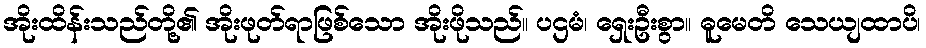
အိုးထိန်းသည်တို့၏ အိုးဖုတ်ရာဖြစ်သော အိုးဖိုသည်။ ပဌမံ၊ ရှေးဦးစွာ။ ဓူမေတိ သေယျထာပိ၊